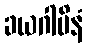
ခယဂါမိနံ